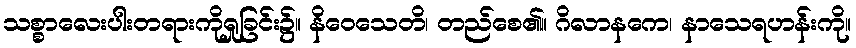
သစ္စာလေးပါးတရားကိုရှုခြင်း၌။ နိဝေသေတိ၊ တည်စေ၏။ ဂိလာနကေ၊ နာသေရဟန်းကို။